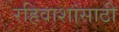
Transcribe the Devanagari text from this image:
रहिवाशांसाठी